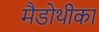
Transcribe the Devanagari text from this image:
मैडोथीका